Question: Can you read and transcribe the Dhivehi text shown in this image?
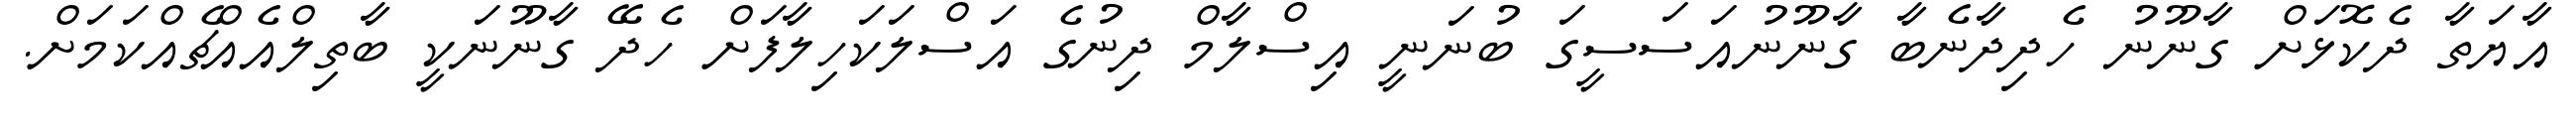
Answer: އާޔަތާ ދެކޮޅަށް ގާނޫނު ހެދިދާނެބާ ގާނޫނުއަސަސީގަ ބުނަނީ އިސްލާމް ދިނުގެ އަސްލަކަހިލާފަށް ހެދޭ ގާނޫނަކީ ބާތިލްއެއްޗެއްކަމަށް.